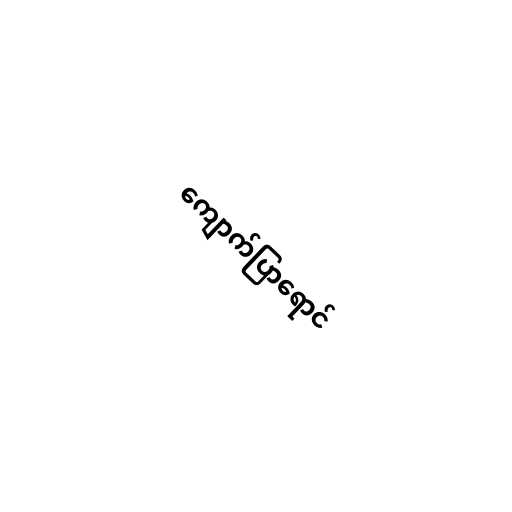
ကျောက်ပြာရောင်